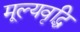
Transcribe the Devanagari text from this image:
मूल्‍यवृद्धि